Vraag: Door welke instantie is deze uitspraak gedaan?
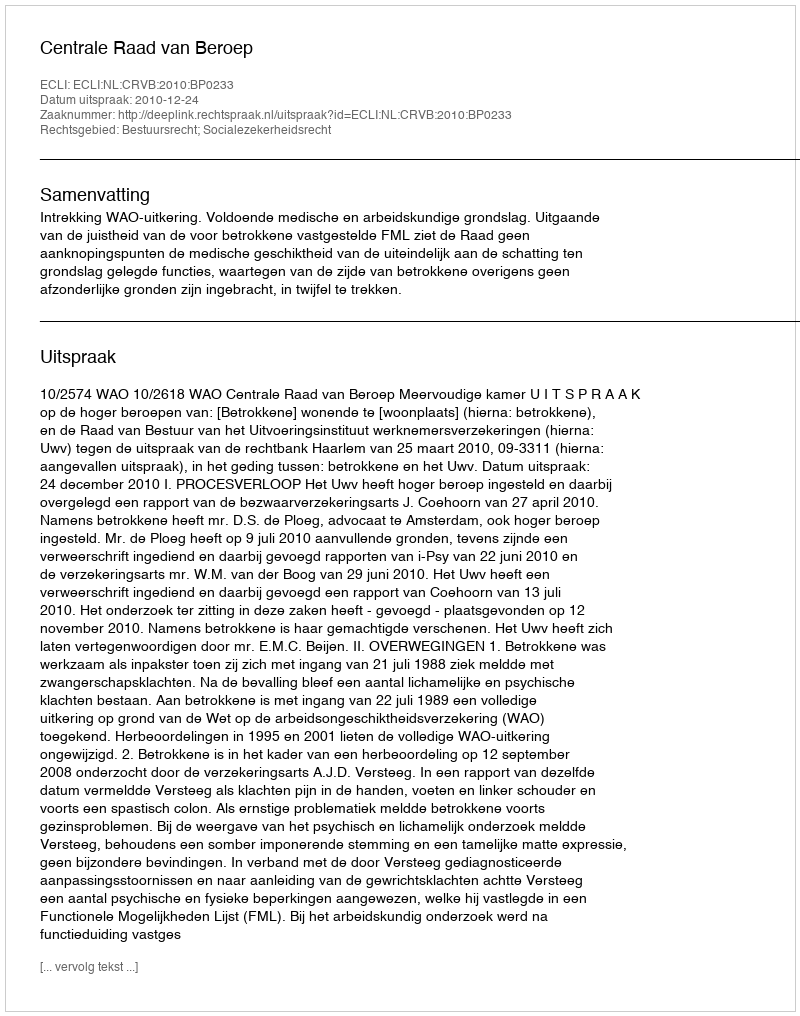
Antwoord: Centrale Raad van Beroep